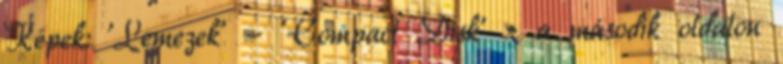
Képek: 'Lemezek' - 'Compact Disk' » a második oldalon